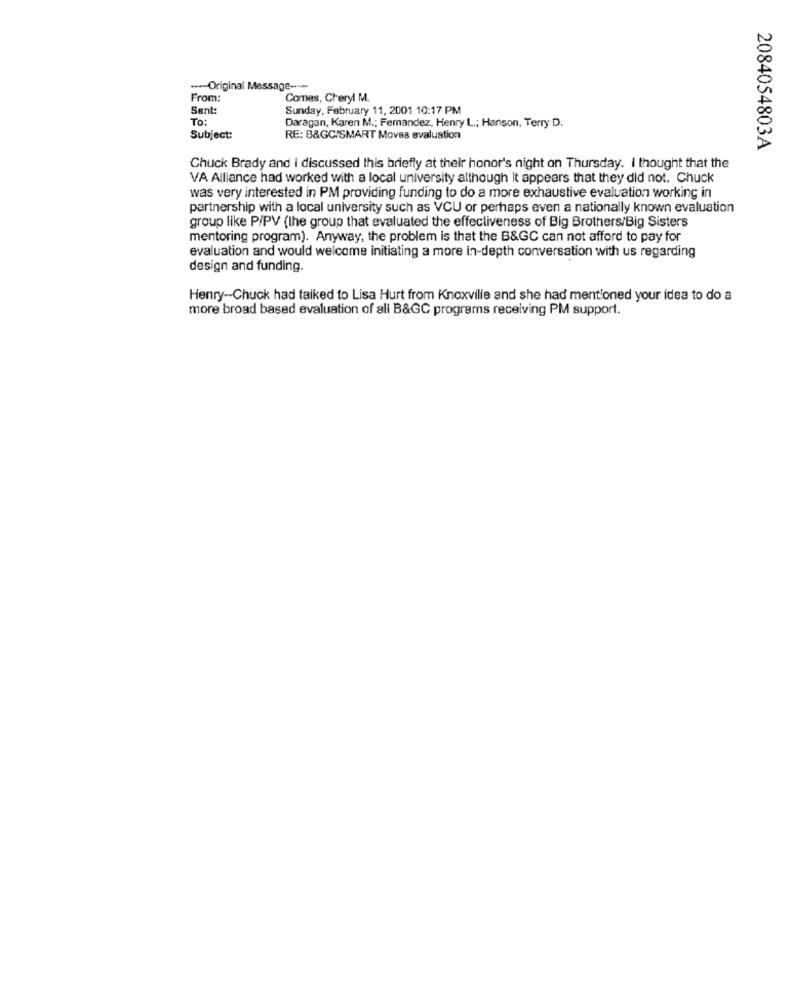
--- Original Message ----
From:
Comes, Cheryl M.
Sent:
Sunday, February 11, 2001 10:17 PM
To:
Daragan, Karen M .; Fernandez, Henry L .; Hanson, Terry D.
Subject:
RE: B&GC/SMART Moves evaluation
2084054803A
Chuck Brady and i discussed this briefly at their honor's night on Thursday. I thought that the
VA Alliance had worked with a local university although It appears that they did not. Chuck
was very interested in PM providing funding to do a more exhaustive evaluation working in
partnership with a local university such as VCU or perhaps even a nationally known evaluation
group like P/PV (the group that evaluated the effectiveness of Big Brothers/Big Sisters
mentoring program). Anyway, the problem is that the B&GC can not afford to pay for
evaluation and would welcome initiating a more in-depth conversation with us regarding
design and funding.
Henry -- Chuck had talked to Lisa Hurt from Knoxville and she had mentioned your idea to do a
more broad based evaluation of all B&GC programs receiving PM support.